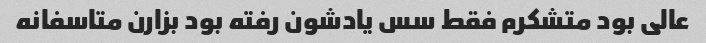
عالی بود متشکرم فقط سس یادشون رفته بود بزارن متاسفانه